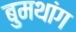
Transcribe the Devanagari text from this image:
बुमथांग